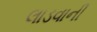
લાડવાની